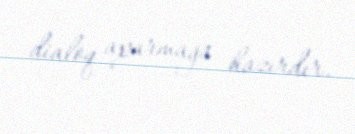
dialoq aparmağa hazırdır.